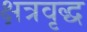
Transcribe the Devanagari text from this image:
क्षत्रवृद्ध